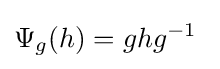
\Psi _{g}(h)=ghg^{-1}~